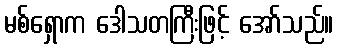
မစ်ရှောက ဒေါသတကြီးဖြင့် အော်သည်။